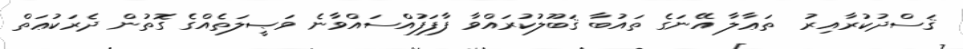
ޤަސްދުކުރާއިރު  ތަޢާލާ އޭނަގެ ތައުބާ ޤަބޫލުކުރައްވާ ފާފަފުއްސައްވާނެ ވަޞީލަތެއްގެ ގޮތުން ދެރަކުޢަތް